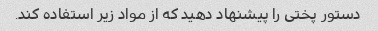
دستور پختی را پیشنهاد دهید که از مواد زیر استفاده کند.